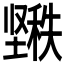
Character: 𱘌